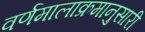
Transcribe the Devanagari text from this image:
वर्णमालाक्रमानुसारी